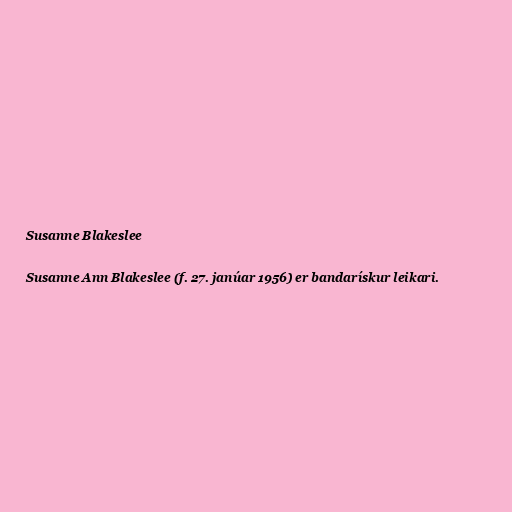
Susanne Blakeslee

Susanne Ann Blakeslee (f. 27. janúar 1956) er bandarískur leikari.